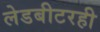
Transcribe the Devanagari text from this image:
लेडबीटरही